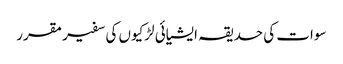
سوات کی حدیقہ ایشیائی لڑکیوں کی سفیر مقرر